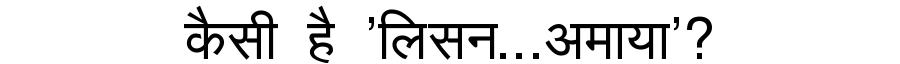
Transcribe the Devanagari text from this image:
कैसी है 'लिसन...अमाया'?